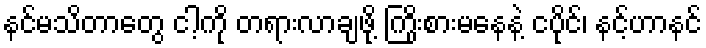
နင်မသိတာတွေ ငါ့ကို တရားလာချဖို့ ကြိုးစားမနေနဲ့ ငပိုင်၊ နင့်ဟာနင်